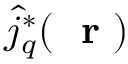
\hat { j } _ { q } ^ { * } ( \mathrm { ~ \bf ~ r ~ } )